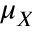
\mu _ { X }